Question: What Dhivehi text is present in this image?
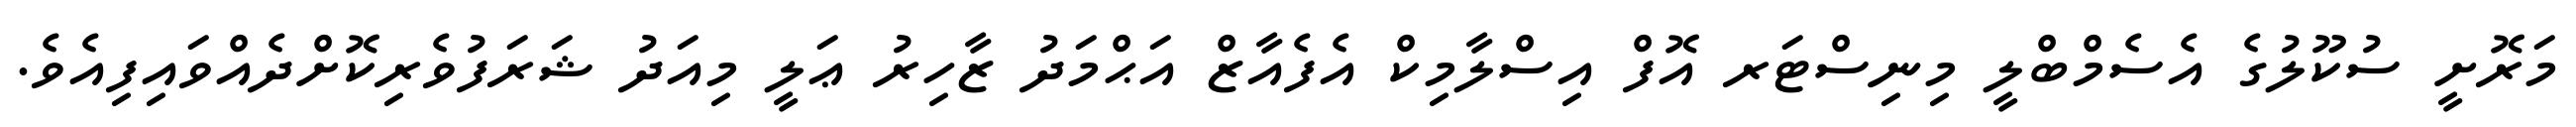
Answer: މަރޮށީ ސުކޫލުގެ އެސެމްބްލީ މިނިސްޓަރ އޮފް އިސްލާމިކް އެފެއާޒް އަޙްމަދު ޒާހިރު ޢަލީ މިއަދު ޝަރަފުވެރިކޮށްދެއްވައިފިއެވެ.